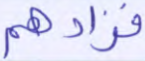
فزادهم